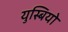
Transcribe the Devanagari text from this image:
युस्बियो